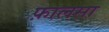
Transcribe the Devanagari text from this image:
फ़ालसा